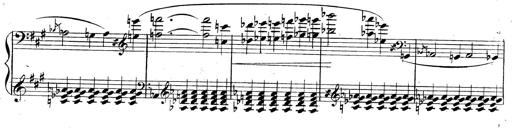
Title: 3 Caprices-Valses
Composer: Franz Liszt